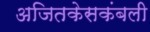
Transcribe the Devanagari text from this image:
अजितकेसकंबली